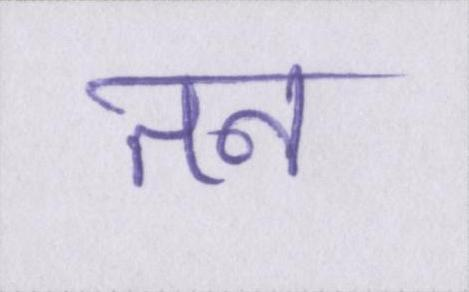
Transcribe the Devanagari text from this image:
तन